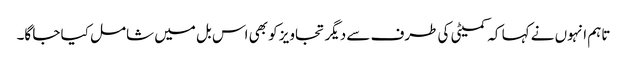
تاہم انہوں نے کہا کہ کمیٹی کی طرف سے دیگر تجاویز کو بھی اس بل میں شامل کیا جا گا۔